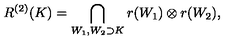
R ^ { ( 2 ) } ( K ) = \bigcap _ { W _ { 1 } , W _ { 2 } \supset K } r ( W _ { 1 } ) \otimes r ( W _ { 2 } ) ,